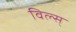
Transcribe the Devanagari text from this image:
विल्स्